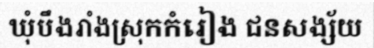
ឃុំបឹងរាំងស្រុកកំរៀង ជនសង្ស័យ